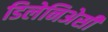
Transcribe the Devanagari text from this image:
डिलेनिअेसी